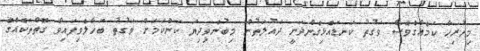
މިހުރިހާ ކަމެއްގެވެސް ވަގުތު ކަނޑައެޅިގެންދަނީ ދައުލަތުން މިބުނެވިދިޔަ ކަންކަމަށް ވަގުތު ބަހާލެވިފައިވާ ގޮތްތަކެއްގެ